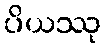
ပိယဿု